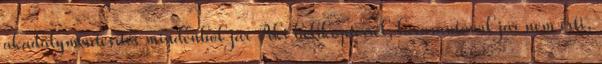
akadálymentesítés mindenhol jár Aki helikopterrel, luxusautóval jár nem érti,